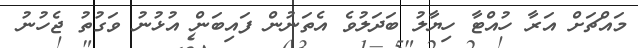
މައްޗަށް އަރާ ހުއްޓާ ހިޔާލު ބަދަލުވެ އެތަނުން ފައިބަން އުޅުނު ވަގުތު ޖެހުނު